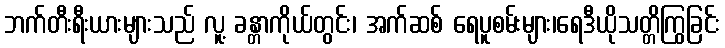
ဘက်တီးရီးယားများသည် လူ့ ခန္တာကိုယ်တွင်း၊ အက်ဆစ် ရေပူစမ်းများ၊ရေဒီယိုသတ္တိကြွခြင်း